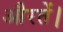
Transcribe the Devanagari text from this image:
औरतें।